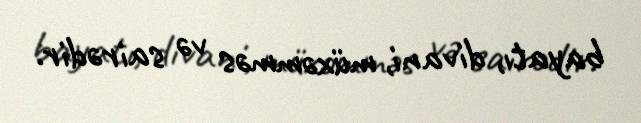
bayatı, divani, müxəmməs və sairədir.